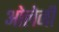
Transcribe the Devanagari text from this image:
ओलेनी